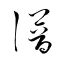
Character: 譜